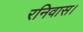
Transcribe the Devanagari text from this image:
रनिवास।